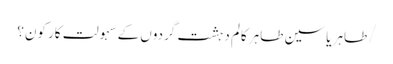
/طاہر یاسین طاہر	کالم	دہشت گردوں کے سہولت کار کون؟